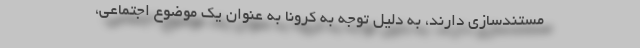
مستندسازی دارند، به دلیل توجه به کرونا به عنوان یک موضوع اجتماعی،